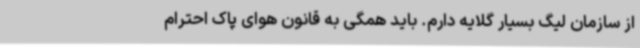
از سازمان لیگ بسیار گلایه دارم. باید همگی به قانون هوای پاک احترام